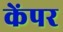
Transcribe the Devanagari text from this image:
केंपर